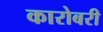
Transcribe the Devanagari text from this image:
कारोबरी